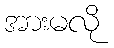
အားမလို